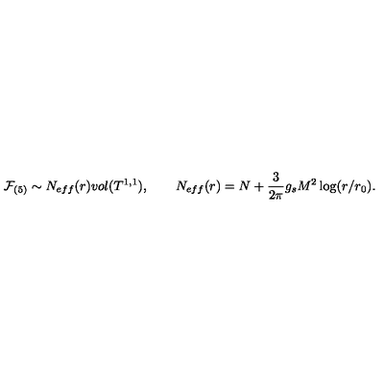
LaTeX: \mathcal { F } _ { ( 5 ) } \sim N _ { e f f } ( r ) v o l ( T ^ { 1 , 1 } ) , \qquad N _ { e f f } ( r ) = N + { \frac { 3 } { 2 \pi } } g _ { s } M ^ { 2 } \log ( r / r _ { 0 } ) .